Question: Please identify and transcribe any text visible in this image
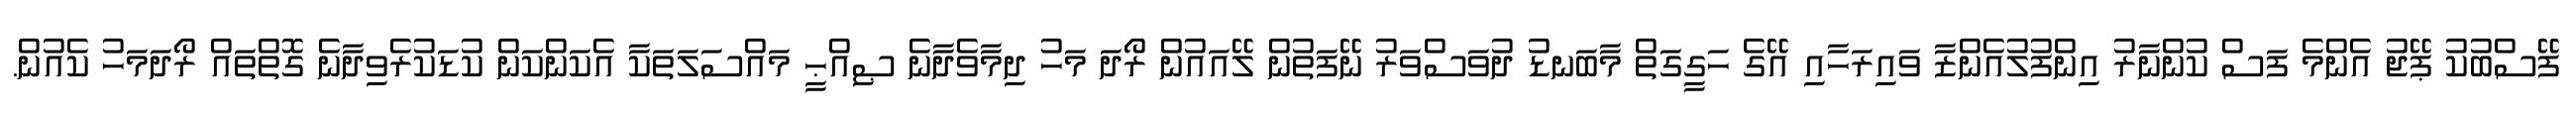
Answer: ފޭސްބުކު ޕޭޖު އެންމެ ފަސް ކުންނާރު އިންފުލުއެންޒާ ވައިރަހާއި އޭގެ ހަގީގަތް މާބަނޑު ދުވަސްވަރު ނޭފަތުން ލޭއައުން ރޯދަ މަހު ދިމާވެދާނެ ޞިއްޙީ މައްސަލަތަކާ އެކަންކަން ކުޑަކުރެވިދާނެ ގޮތްތައް ރޯދަމަހު ކެއުން.